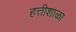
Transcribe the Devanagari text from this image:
हत्तीशाळा